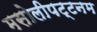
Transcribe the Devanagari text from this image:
मसोलीपट्टनम